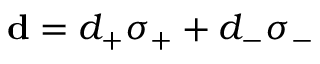
{ \bf d } = d _ { + } \sigma _ { + } + d _ { - } \sigma _ { - }